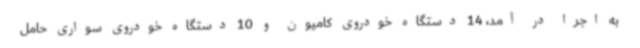
به اجرا در آمد، 14 دستگاه خودروی کامیون و 10 دستگاه خودروی سواری حامل